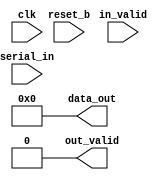
/**
 * This is written by Zhiyang Ong
 * for EE577b Homework 4, Question 3
 */

// Behavioral model for the SIPO convertor
module SIPO(data_out, out_valid, serial_in, in_valid, reset_b, clk);
	
	// Output signals representing the end of the transaction
	// Output of the SIPO convertor
	output [7:0] data_out;
	/**
	 * Indicate if the data is valid at data_out
	 * out_valid = 1 when data is valid; it is ZERO otherwise
	 */
	output out_valid;
	
	
	
	// ===============================================================
	// Input signals
	// Input data bit coming in to the SIPO convertor
	input serial_in;
	// Clock signal to facilitate state transitions  
	input clk;
	// Active low reset signal to bring all outputs to ZERO
	input reset_b;
	/**
	 * Active high flag to enable data to be loaded at the positive
	 * edge of the clock
	 */
	input in_valid;
	
	
	
	
	// ===============================================================
	// Declare "wire" signals:
	//wire FSM_OUTPUT;



	
	// ===============================================================
	// Declare "reg" signals: 
	reg out_valid;					// Output signal
	reg [7:0] data_out;					// Output signal
	// Outputs of the D flip-flops in the SIPO converter
	reg [7:0] q_dff;				// Output of the D flip-flops
	// Flag to indicate if the flip-flops have their outputs set
	reg flag1;						// flag of the 1st D flip-flop
	reg flag2;						// flag of the 2nd D flip-flop
	reg flag3;						// flag of the 3rd D flip-flop
	reg flag4;						// flag of the 4th D flip-flop
	reg flag5;						// flag of the 5th D flip-flop
	reg flag6;						// flag of the 6th D flip-flop
	reg flag7;						// flag of the 7th D flip-flop						
	reg flag8;						// flag of the 8th D flip-flop						
	
		
	
	
	
	// ===============================================================
	// Definitions for the states in the SIPO convertor
	// parameter PARAM_NAME = VALUE;
	
	
	
	
	
	// ===============================================================
	// Logic for active low reset signal to reset the SIPO convertor
	always @(~reset_b)
	begin
		// When "reset_b" goes low, out_valid=0
		out_valid<=1'd0;
		// Set the output of the SIPO convertor to ZERO
		data_out<=8'd0;
		
		// Set the output of the D flip-flops to ZERO
		q_dff<=8'd0;
		
		
		// Set the flags for the flip-flops to zero
		flag1<=1'd1;
		flag2<=1'd1;
		flag3<=1'd1;
		flag4<=1'd1;
		flag5<=1'd1;
		flag6<=1'd1;
		flag7<=1'd1;
		flag8<=1'd1;
	end

	
	
	
	
	
	
	
	// ===============================================================
	// 1st D flip-flop
	always @(posedge clk)
	begin
		// If the load enable flag and reset_b are high,
		if(in_valid && reset_b &&  (~out_valid))
		begin
			if(flag1==1)
			begin
$display($time,"Process input #1",serial_in);
				q_dff[0]<=serial_in;
				flag1<=1'd0;
			end
		end
	end
	
	
	
	
	
	// ===============================================================
	// 2nd D flip-flop
	always @(posedge clk)
	begin
		// If the load enable flag and reset_b are high,
		if(in_valid && reset_b && (~out_valid))
		begin
			if((flag2==1) && (flag1==0))
			begin
$display($time,"Process input #2",serial_in);
				q_dff[1]<=serial_in;
				flag2<=1'd0;
			end
		end
	end
	
	
	
	
	
	
	// ===============================================================
	// 3rd D flip-flop
	always @(posedge clk)
	begin
		// If the load enable flag and reset_b are high,
		if(in_valid && reset_b && (~out_valid))
		begin
			if((flag3==1) && (flag2==0))
			begin
$display($time,"Process input #3",serial_in);
				q_dff[2]<=serial_in;
				flag3<=1'd0;
			end
		end
	end
	
	
	
	
	
	
	
	
	// ===============================================================
	// 4th D flip-flop
	always @(posedge clk)
	begin
		// If the load enable flag and reset_b are high,
		if(in_valid && reset_b && (~out_valid))
		begin
			if((flag4==1) && (flag3==0))
			begin
$display($time,"Process input #4",serial_in);
				q_dff[3]<=serial_in;
				flag4<=1'd0;
			end
		end
	end
	
	
	
	
	
	
	
	
	// ===============================================================
	// 5th D flip-flop
	always @(posedge clk)
	begin
		// If the load enable flag and reset_b are high,
		if(in_valid && reset_b && (~out_valid))
		begin
			if((flag5==1) && (flag4==0))
			begin
$display($time,"Process input #5",serial_in);
				q_dff[4]<=serial_in;
				flag5<=1'd0;
			end
		end
	end
	
	
	
	
	
	
	
	
	// ===============================================================
	// 6th D flip-flop
	always @(posedge clk)
	begin
		// If the load enable flag and reset_b are high,
		if(in_valid && reset_b && (~out_valid))
		begin
			if((flag6==1) && (flag5==0))
			begin
$display($time,"Process input #6",serial_in);
				q_dff[5]<=serial_in;
				flag6<=1'd0;
			end
		end
	end
	
	
	
	
	
	
	
	
	// ===============================================================
	// 7th D flip-flop
	always @(posedge clk)
	begin
		// If the load enable flag and reset_b are high,
		if(in_valid && reset_b && (~out_valid))
		begin
			if((flag7==1) && (flag6==0))
			begin
$display($time,"Process input #7",serial_in);
				q_dff[6]<=serial_in;
				flag7<=1'd0;
			end
		end
	end
	
	
	
	
	
	
	
	
	// ===============================================================
	// 8th/Final/Last D flip-flop
	always @(posedge clk)
	begin
		// If the load enable flag and reset_b are high,
		if(in_valid && reset_b && (~out_valid))
		begin
			if((flag8==1) && (flag7==0))
			begin
$display($time,"Process input #8",serial_in);
				q_dff[7]<=serial_in;
				flag8<=1'd0;
				out_valid<=1'd1;
			end
		end
		else if(out_valid)
		begin
$display($time,"Produce the output and reset data",serial_in);
			data_out<=q_dff;

			flag1<=1'd1;
			flag2<=1'd1;
			flag3<=1'd1;
			flag4<=1'd1;
			flag5<=1'd1;
			flag6<=1'd1;
			flag7<=1'd1;
			flag8<=1'd1;
			
			out_valid<=1'd0;
			q_dff<=8'd0;

		end
	end
	
	
endmodule